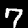
Digit: 7